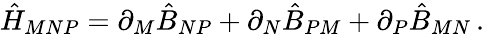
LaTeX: \hat{H}_{MNP}=\partial_{M}\hat{B}_{NP}+\partial_{N}\hat{B}_{PM}+\partial_{P}\hat{B}_{MN}\, .